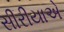
સીરીયાએ